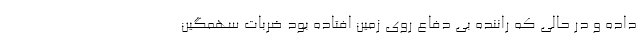
داده و در حالی که راننده بی دفاع روی زمین افتاده بود ضربات سهمگین